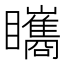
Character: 𥍋